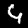
Label: 4